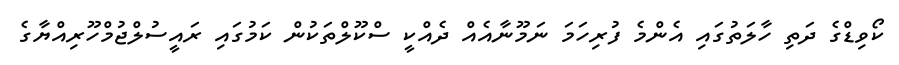
ކޯވިޑްގެ ދަތި ހާލަތުގައި އެންމެ ފުރިހަމަ ނަމޫނާއެއް ދެއްކީ ސްކޫލްތަކުން ކަމުގައި ރައީސުލްޖުމްހޫރިއްޔާގެ